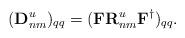
LaTeX: \begin{align*}(\mathbf{D}_{nm}^u)_{qq}=(\mathbf{F}\mathbf{R}_{nm}^u\mathbf{F}^{\dag})_{qq}.\end{align*}